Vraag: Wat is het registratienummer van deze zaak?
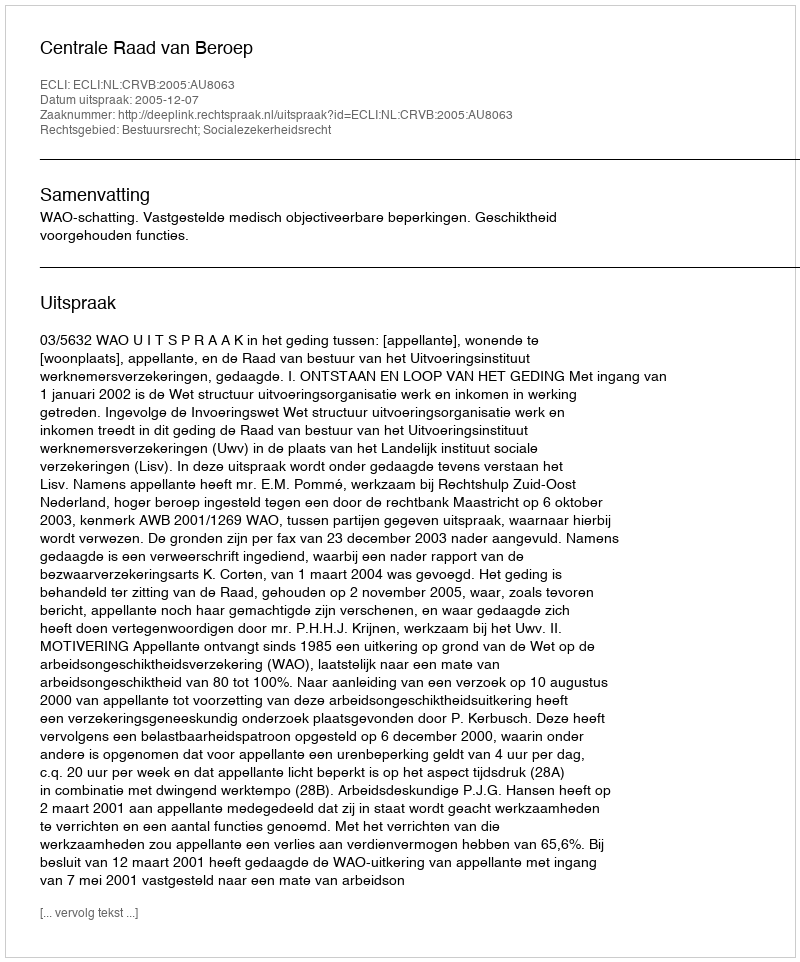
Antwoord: http://deeplink.rechtspraak.nl/uitspraak?id=ECLI:NL:CRVB:2005:AU8063